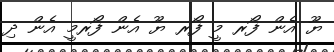
ޔޫ އެން ފޯރ މީ ފޯރ ޔޫ އެން ފޯރމީ އެން ދި